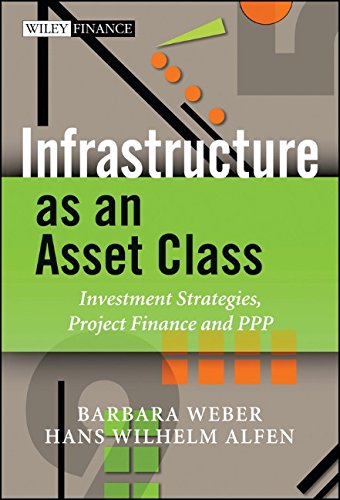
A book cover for Infrastructure as an Asset Class: Investment Strategy, Project Finance and PPP (Wiley Finance); Barbara Weber; Business & Money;